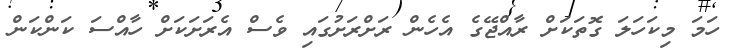
ހަމަ މިކަހަލަ ގޮތަކަށް ރާއްޖޭގެ އެހެން ރަށްރަށުގައި ވެސް އެރަށަކަށް ހާއްސަ ކަންކަން